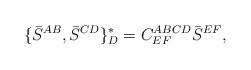
LaTeX: \begin{align*}\{ \bar{S}^{AB} ,\bar{S}^{CD} \}^\ast_D =C^{ABCD}_{EF} \bar{S}^{EF},\end{align*}